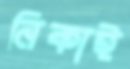
নিকাই